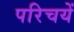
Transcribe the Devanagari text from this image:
परिचयें